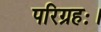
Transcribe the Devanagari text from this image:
परिग्रहः।